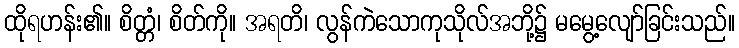
ထိုရဟန်း၏။ စိတ္တံ၊ စိတ်ကို။ အရတိ၊ လွန်ကဲသောကုသိုလ်အဘို့၌ မမွေ့လျော်ခြင်းသည်။